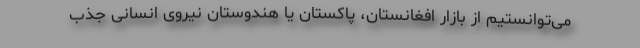
می‌توانستیم از بازار افغانستان، پاكستان یا هندوستان نیروی انسانی جذب